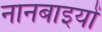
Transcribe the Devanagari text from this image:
नानबाइयों